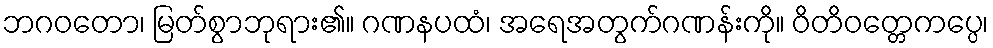
ဘဂဝတော၊ မြတ်စွာဘုရား၏။ ဂဏနပထံ၊ အရေအတွက်ဂဏန်းကို။ ဝိတိဝတ္တေကပ္ပေ၊